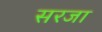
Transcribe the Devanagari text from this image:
सरजा